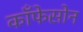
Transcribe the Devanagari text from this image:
काँफेसोन